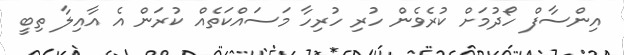
އިންސާފް ހޯދުމަށް ކުރެވެން ހުރި ހުރިހާ މަސައްކަތެއް ކުރަން އެ އާއިލާ ތިބީ